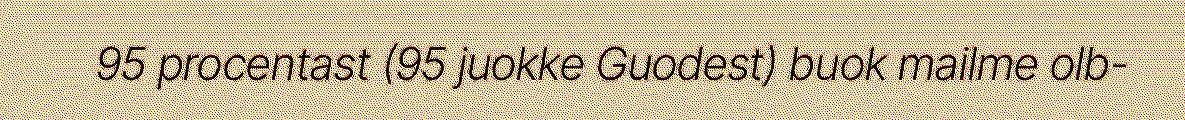
95 procentast (95 juokke Guodest) buok mailme olb-